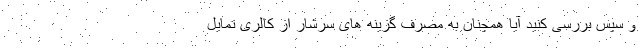
و سپس بررسی کنید آیا همچنان به مصرف گزینه های سرشار از کالری تمایل